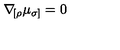
\nabla \! _ { [ \rho } \mu _ { \sigma ] } = 0